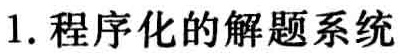
1. 程序化的解题系统